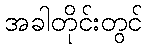
အခါတိုင်းတွင်